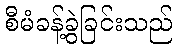
စီမံခန့်ခွဲခြင်းသည်